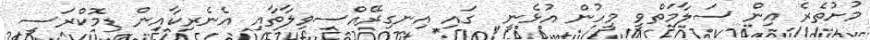
މުށުތެރެ އިން ސަލާމަތްވީ މީހުން އުޅެނީ  ގައި އިނގިރޭއްސިވިލާތާއި އެނެރިކާއިން ޑިމޮކްރަސީ